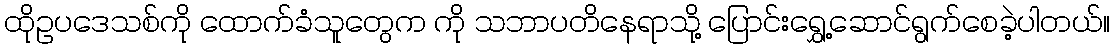
ထိုဥပဒေသစ်ကို ထောက်ခံသူတွေက ကို သဘာပတိနေရာသို့ ပြောင်းရွှေ့ဆောင်ရွက်စေခဲ့ပါတယ်။